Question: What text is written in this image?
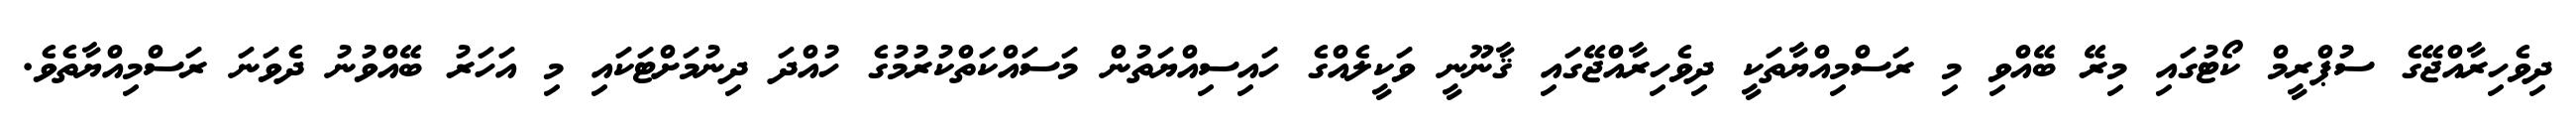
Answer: ދިވެހިރާއްޖޭގެ ސުޕްރީމް ކޯޓުގައި މިރޭ ބޭއްވި މި ރަސްމިއްޔާތަކީ ދިވެހިރާއްޖޭގައި ޤާނޫނީ ވަކީލެއްގެ ހައިސިއްޔަތުން މަސައްކަތްކުރުމުގެ ހުއްދަ ދިނުމަށްޓަކައި މި އަހަރު ބޭއްވުނު ދެވަނަ ރަސްމިއްޔާތެވެ.